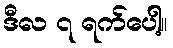
ဒီလ ၇ ရက်ပေါ့။